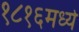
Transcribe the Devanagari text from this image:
१८१६मध्ये